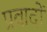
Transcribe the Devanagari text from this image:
प्रवादों